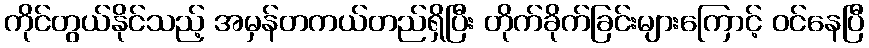
ကိုင်တွယ်နိုင်သည့် အမှန်တကယ်တည်ရှိပြီး တိုက်ခိုက်ခြင်းများကြောင့် ဝင်နေပြီ